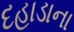
દહાડાના